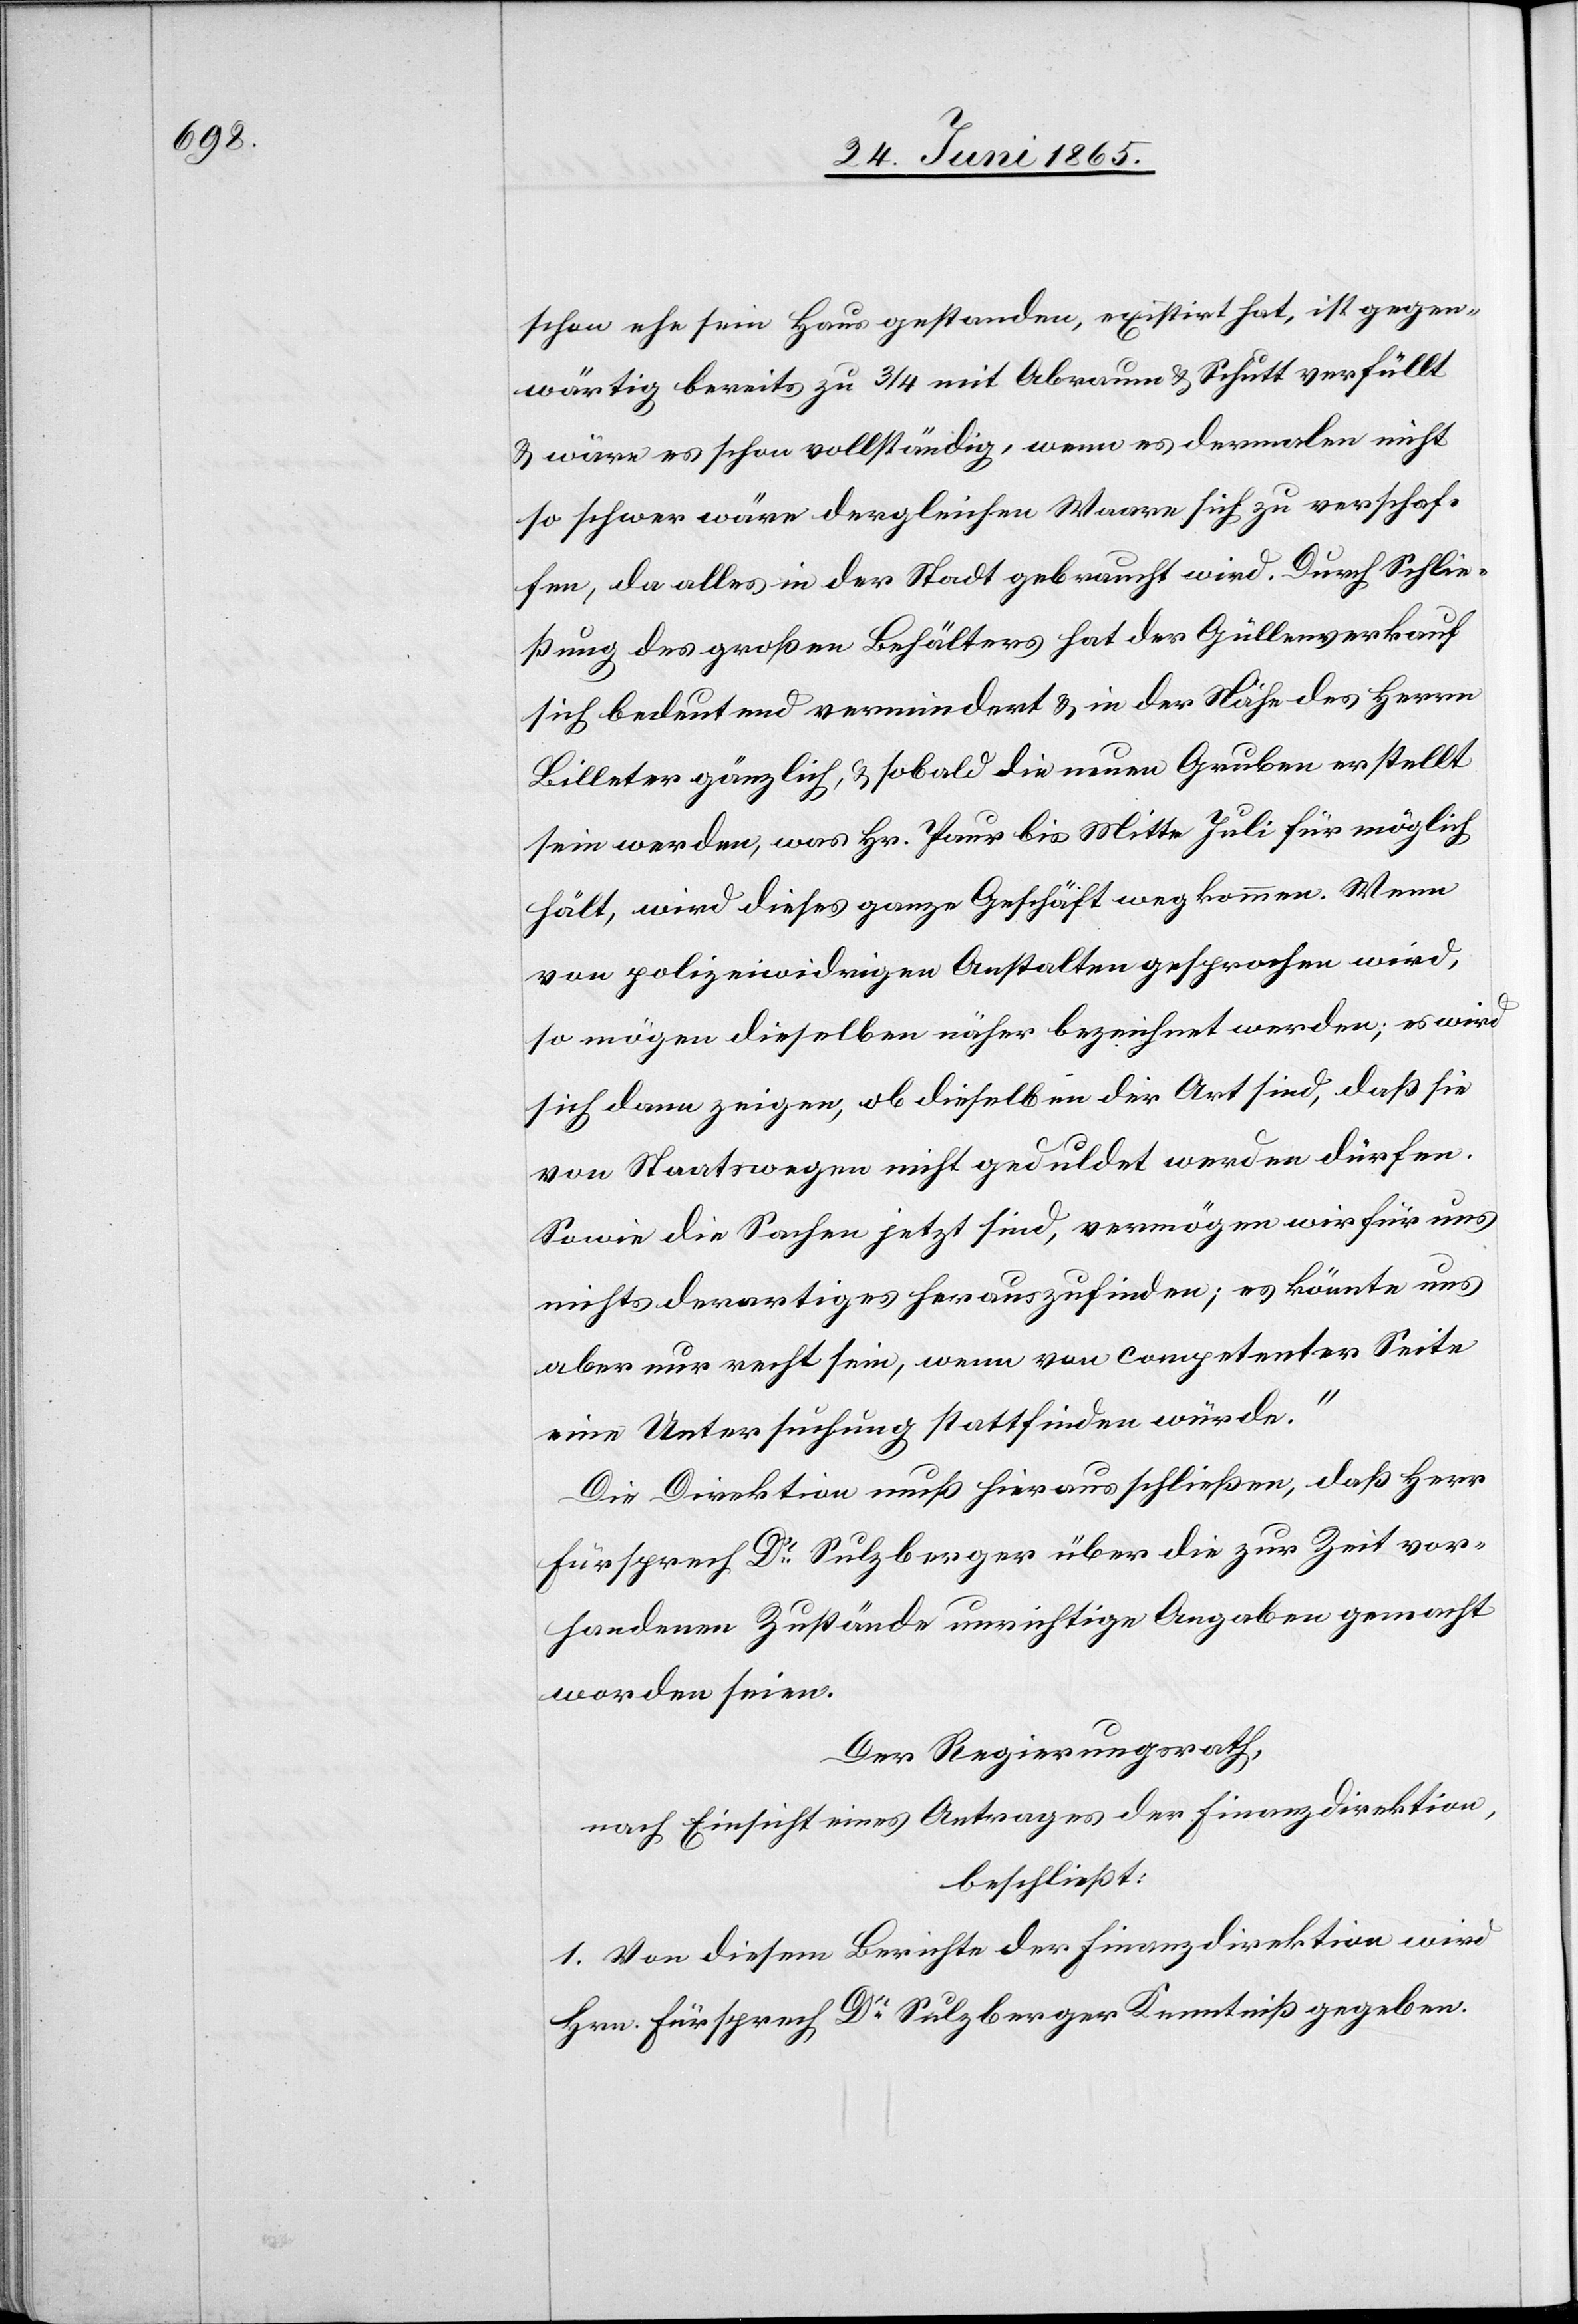
schon ehe sein Haus gestanden, existirt hat, ist gegen¬
wärtig bereits zu ¾ mit Abraum & Schutt verfüllt
& wäre es schon vollständig, wenn es dermalen nicht
so schwer wäre dergleichen Waare sich zu verschaf¬
fen, da alles in der Stadt gebraucht wird. Durch Schlie¬
ßung des großen Behälters hat der Güllenverkauf
sich bedeutend vermindert & in der Nähe des Herrn
Billeter gänzlich, & sobald die neuen Gruben erstellt
sein werden, was Hr. Paur bis Mitte Juli für möglich
hält, wird dieses ganze Geschäft wegkommen. Wenn
von polizeiwidrigen Anstalten gesprochen wird,
so mögen dieselben näher bezeichnet werden; es wird
sich dann zeigen, ob dieselben der Art sind, daß sie
von Staatswegen nicht geduldet werden dürfen.
Sowie die Sachen jetzt sind, vermögen wir für uns
nichts derartiges herauszufinden; es könnte uns
aber nur recht sein, wenn von competenter Seite
eine Untersuchung stattfinden würde.“
Die Direktion muß hieraus schließen, daß Herr
Fürsprech Dr Sulzberger über die zur Zeit vor¬
handenen Zustände unrichtige Angaben gemacht
worden seien.
Der Regierungsrath,
nach Einsicht eines Antrages der Finanzdirektion,
beschließt:
1. Von diesem Berichte der Finanzdirektion wird
Hrn. Fürsprech Dr Sulzberger Kenntniß gegeben.